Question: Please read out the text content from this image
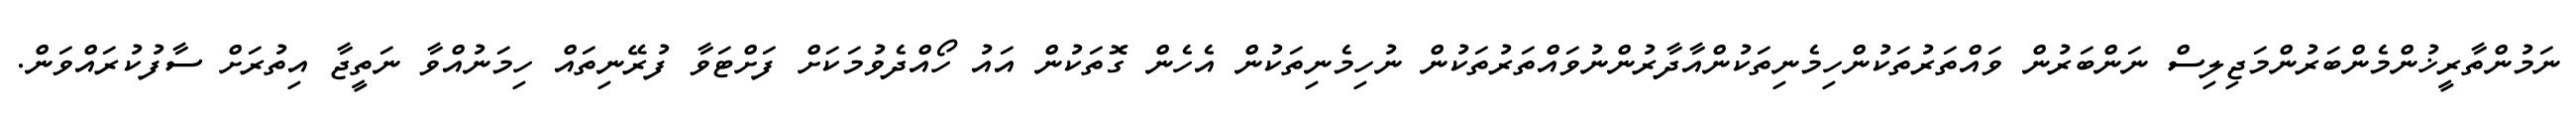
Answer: ނަމުންތާރީޚުންމެންބަރުންމަޖިލިސް ނަންބަރުން ވައްތަރުތަކުންހިމެނިތަކުންއާދާރުންނުވައްތަރުތަކުން ނުހިމެނިތަކުން އެހެން ގޮތަކުން އައު ހޯއްދެވުމަކަށް ފަށްޓަވާ ފުރޭނިތައް ހިމަނުއްވާ ނަތީޖާ އިތުރަށް ސާފުކުރައްވަން.